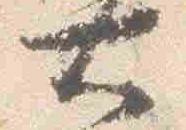
大